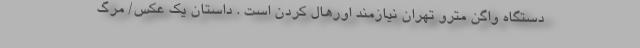
دستگاه واگن مترو تهران نیازمند اورهال کردن است . داستان یک عکس/ مرگ